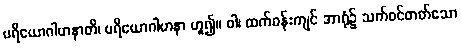
ပရိယောဂါဟနာတိ၊ ပရိယောဂါဟနာ ဟူ၍။ ဝါ၊ ထက်ဝန်းကျင် အာရုံ၌ သက်ဝင်တတ်သော